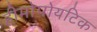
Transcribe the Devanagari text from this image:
हीमोपोयटिक